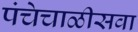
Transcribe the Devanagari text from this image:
पंचेचाळीसवा